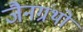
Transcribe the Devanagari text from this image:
जैनग्रंथो